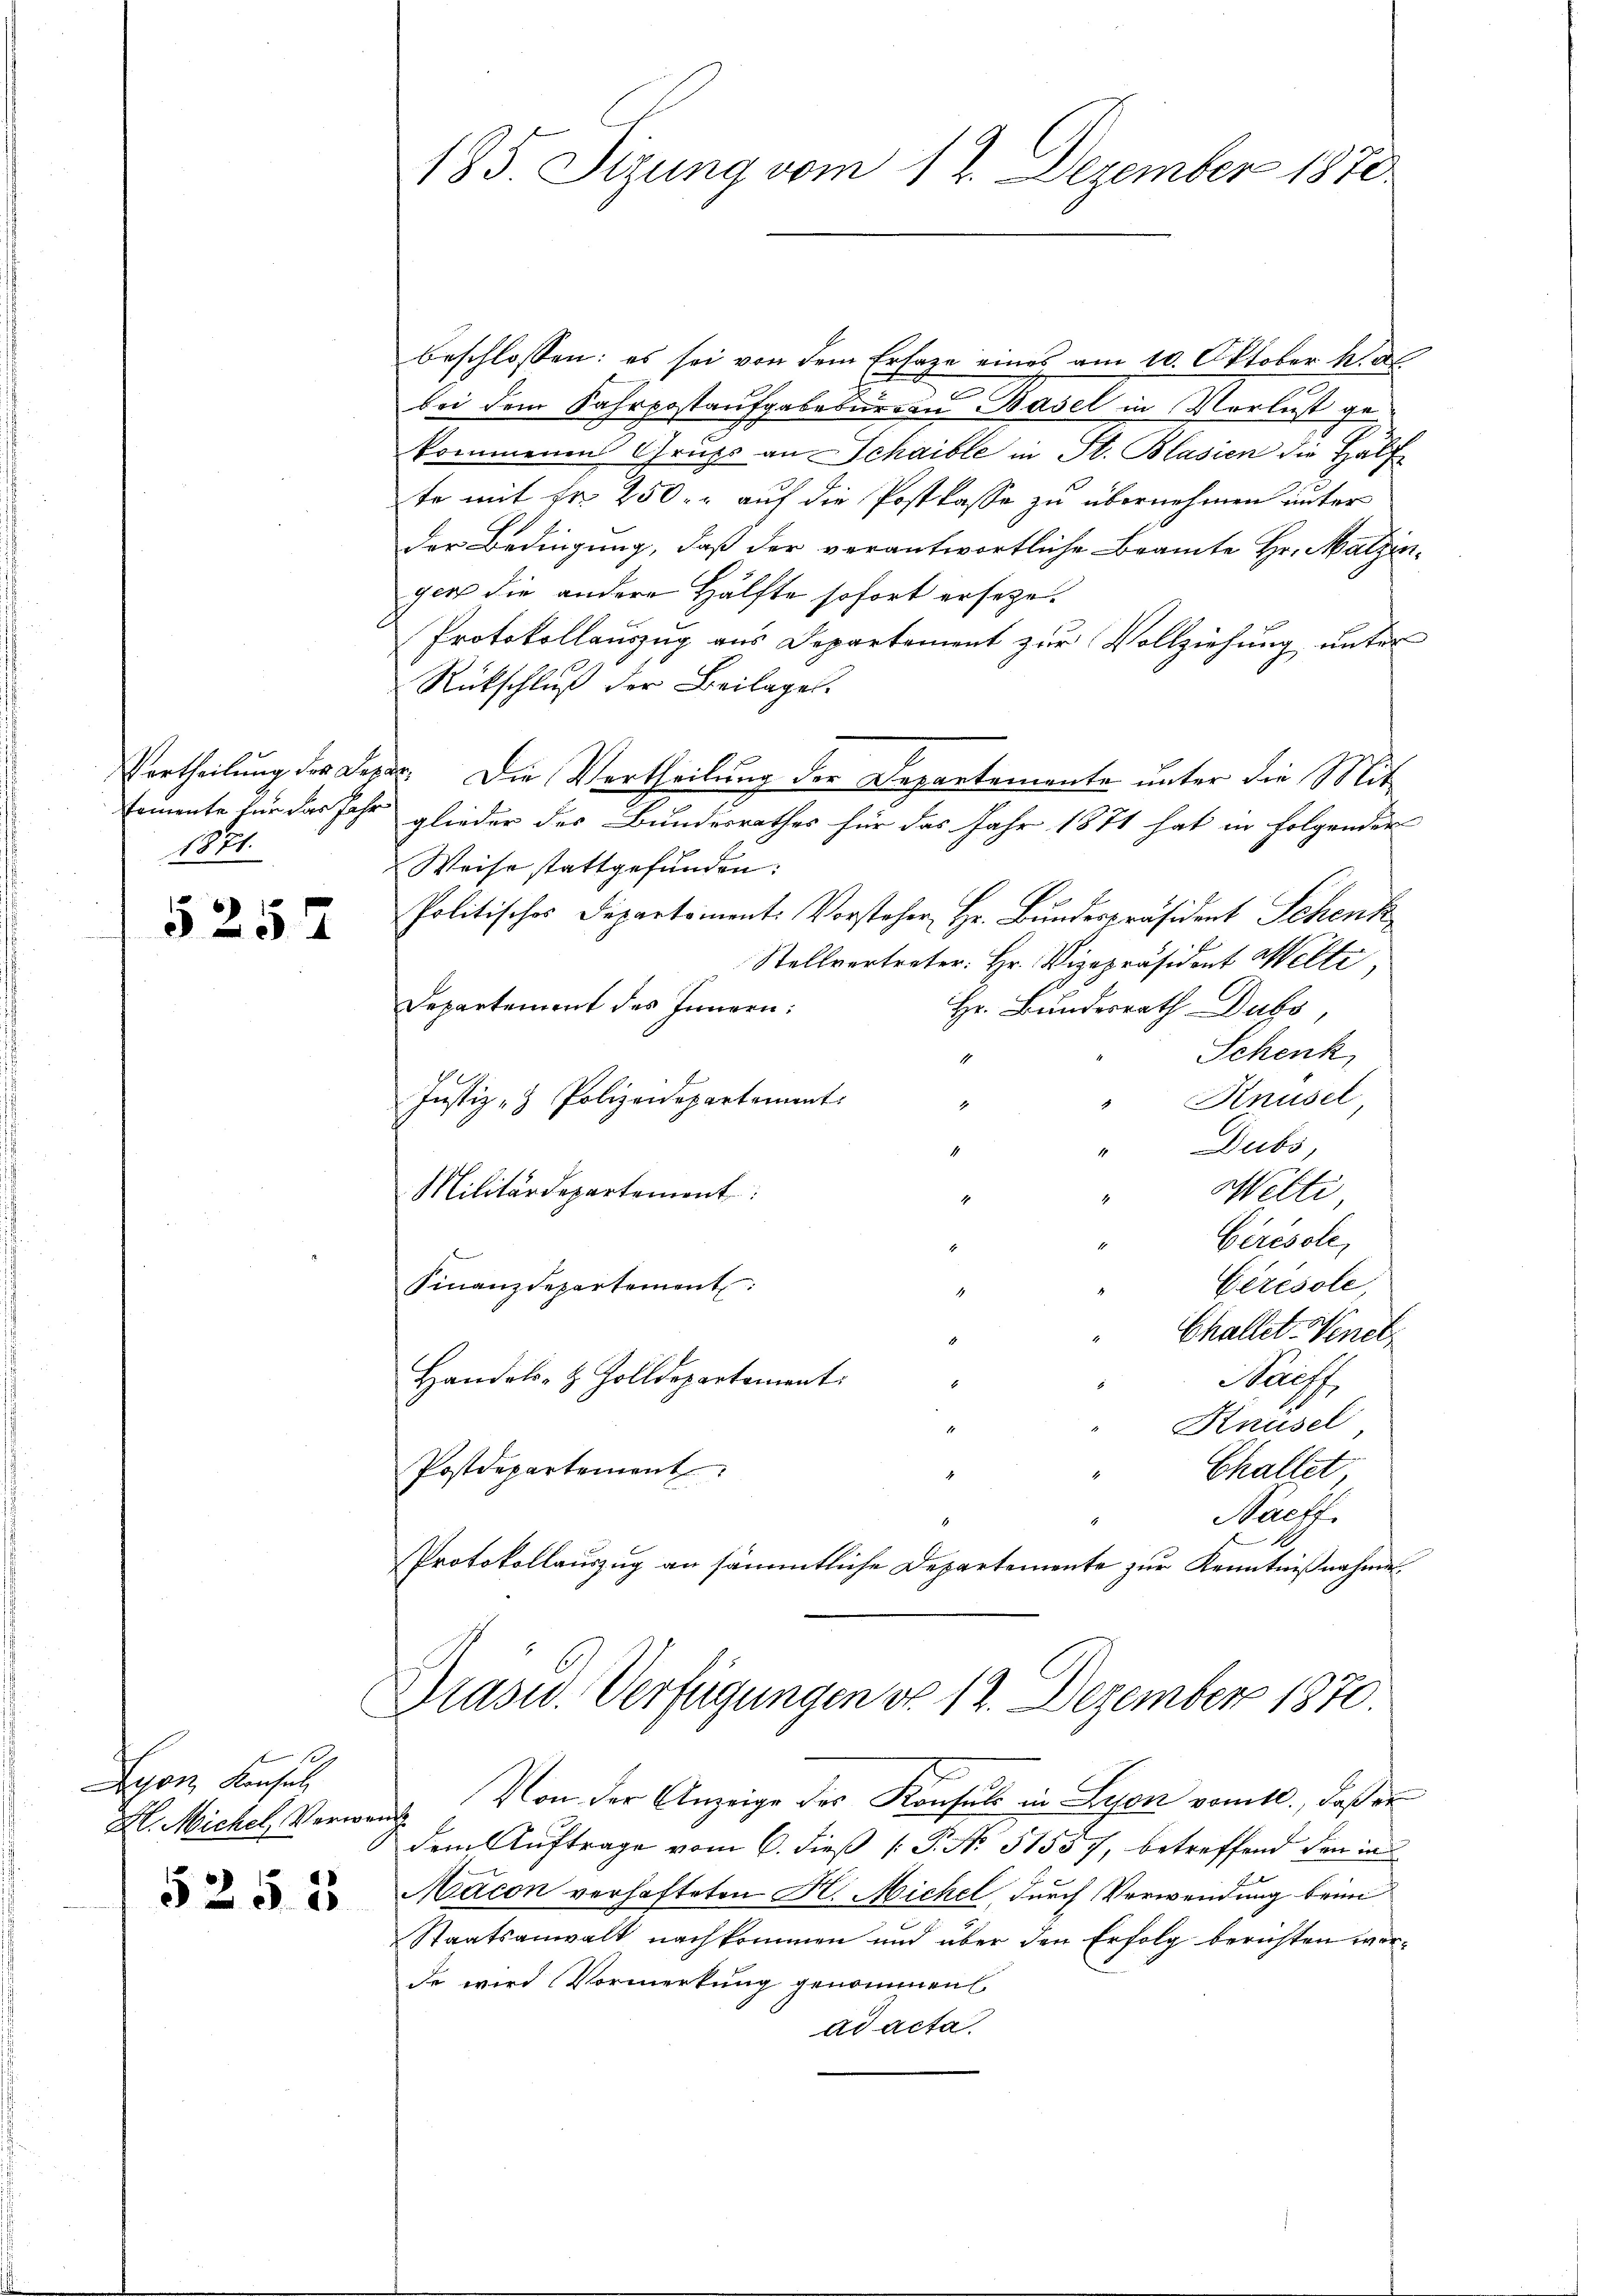
.

525

Baron Konsul
H. Michel, Verwandt

5255

185. Sizung vom 12. Dezember 1870

beschlossen: es sei von dem Ersage eines am 10. Oktober h. al
bei dem Fahrpostaufgabebureau Basel in Verlust gekommenen Grupp an Schaible in St. Blasien die Hälf
te mit Fr. 250. auf die Postkasse zu übernehmen unter
der Bedingung, daß der verantwortliche Beamte Hr. Malzinger die andere Hälfte sofort ersetze.
Protokollauszug aus Departement zur Vollziehung unter
Rückschluß der Beilage.
Vertheilung der Deper. Die Vertheilung der Departemente unter die Mit
samente für das Jahr glieder des Bundesrathes für das Jahr 1871 hat in folgender
Weise stattgefunden:
Politisches Departement. Vorsteher Hr. Bundespräsident Schenk
Stellvertreter: Hr. Vizepräsident Welti
Departement des Innern:
Hr. Bundesrath Dubs,
Schenk
1
Justiz- & Polizeidepartement
Knüsel
4
Dubs,
1
Militärdepartement:
Welti,
Gerésole,
Cérésole,
Finanzdepartement:
Challet, Venet
Handels- & Zolldepartement:
Baiff
Knüsel
Postdepartement
Chaltet
Nachf
10
Protokollauszug an sämmtliche Departemente zur Kenntnißnahme
Präsid. Verfügungen do 12. Dezember 1870.
Von der Anzeige des Konsuls in Lyon vom 10., daß er
dem Auftrage vom 6. dieß P. No 51557, betreffend den in
Macon verhafteten K. Michel, durch Verwendung beim
Staatsanwalt nachkommen und über den Erfolg berichten worde wird Vormerkung genommen
ad acta